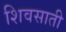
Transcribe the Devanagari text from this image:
शिवसाती